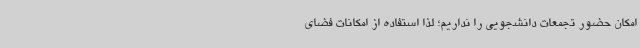
امکان حضور تجمعات دانشجویی را نداریم؛ لذا استفاده از امکانات فضای